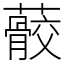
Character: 䕧